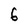
Character: 6